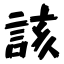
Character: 該